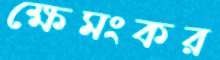
ক্ষেমংকর